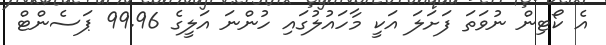
އެ ކޯޓިން ނުވަތަ ފަށަލަ އަކީ މާހައުލުގައި ހުންނަ އަލީގެ 99.96 ޕަސެންޓް